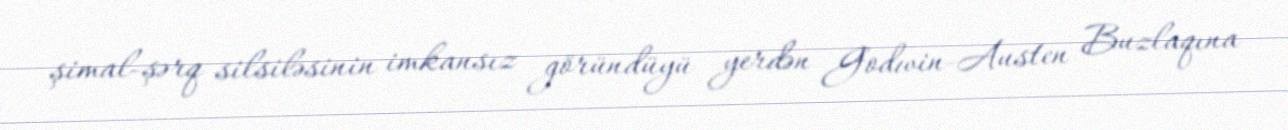
şimal-şərq silsiləsinin imkansız göründüyü yerdən Godwin-Austen Buzlaqına